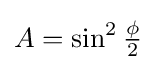
A=\sin ^{2}{\tfrac {\phi }{2}}